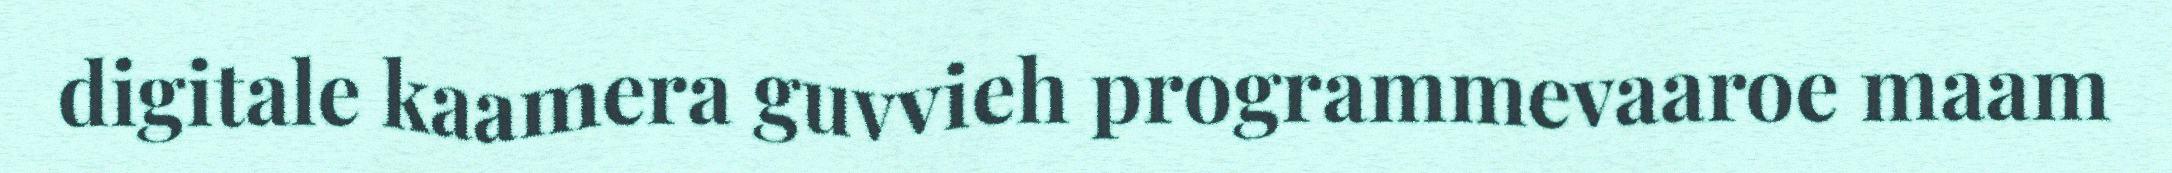
digitale kaamera guvvieh programmevaaroe maam